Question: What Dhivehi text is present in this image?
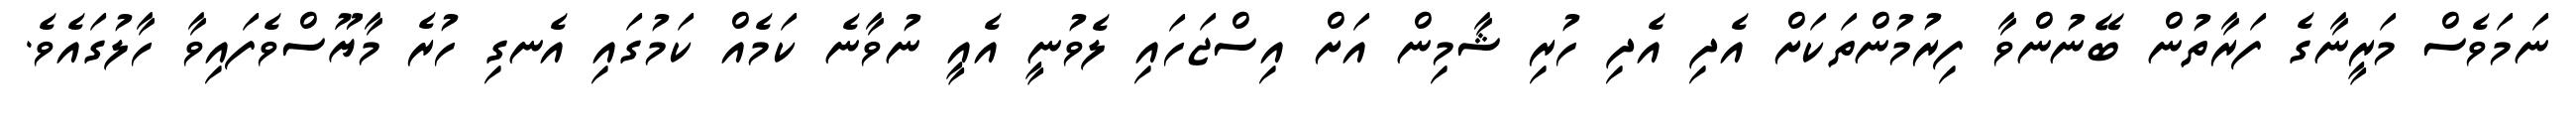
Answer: ނަމަވެސް މަރީނާގެ ފަރާތުން ބޭނުންވާ ފިރުމުންތަކަށް އެދި އެދި ހުރި ޝާމިން އަށް އިސްޖަހައި ލެވުނީ އެއީ ނުވާނެ ކަމެއް ކަމުގައި އެނގި ހުރެ މާޔޫސްވެފައިވާ ހާލުގައެވެ.